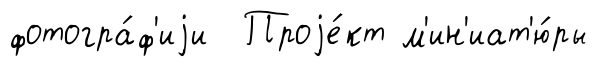
фотогра́ф'иjи Проjе́кт м'ин'иат'ю́ры